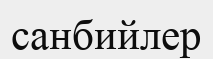
санбийлер